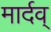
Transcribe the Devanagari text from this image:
मार्दव्